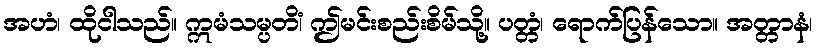
အဟံ၊ ထိုငါသည်။ ဣမံသမ္ပတိံ၊ ဤမင်းစည်းစိမ်သို့။ ပတ္တံ၊ ရောက်ပြန်သော။ အတ္တာနံ၊